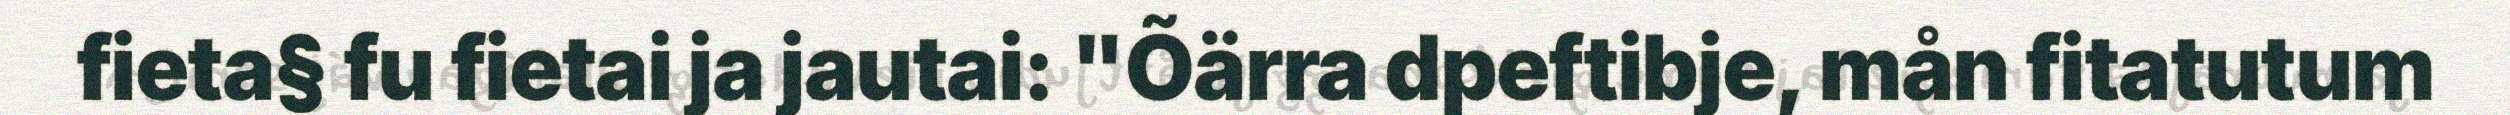
fieta§ fu fietai ja jautai: "Õärra dpeftibje, mån fitatutum